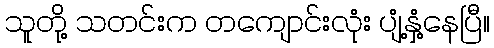
သူတို့ သတင်းက တကျောင်းလုံး ပျံ့နှံ့နေပြီ။